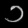
Digit: ၁